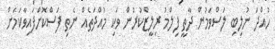
ހުއްދަ ނުލިބި ލަސްވަމުން ދާތީ ފިލްމު ރިލީޒްކުރުން ވަކި މުއްދަތެއް ނެތި ފަސްކޮށްފައިވާކަމަށް